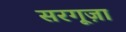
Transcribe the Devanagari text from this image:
सरगूज़ा